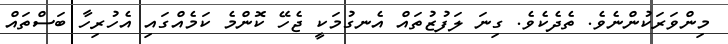
މިންވަރަކުންނެވެ. ތެދެކެވެ. ގިނަ ލަފުޒުތައް އެނގުމަކީ ޖެހޭ ކޮންމެ ކަމެއްގައި އެހުރިހާ ބަސްތައް